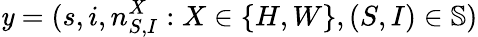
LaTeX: \mathit{y}=(s,i,n_{S,I}^{X}:X\in\{ H,W\} ,(S,I)\in\mathbb{{S}})